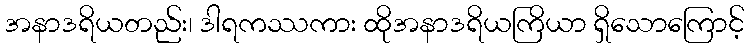
အနာဒရိယတည်း၊ ဒါရကဿကား ထိုအနာဒရိယကြိယာ ရှိသောကြောင့်